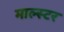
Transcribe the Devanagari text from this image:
माल्स्टर